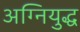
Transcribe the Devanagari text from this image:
अग्नियुद्ध